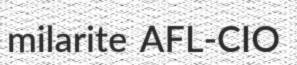
milarite AFL-CIO